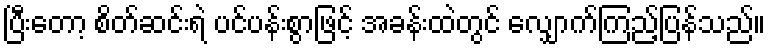
ပြီးတော့ စိတ်ဆင်းရဲ ပင်ပန်းစွာဖြင့် အခန်းထဲတွင် လျှောက်ကြည့်ပြန်သည်။